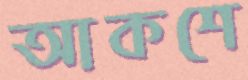
আকশে